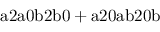
\mathrm { a 2 a 0 b 2 b 0 + a 2 0 a b 2 0 b }